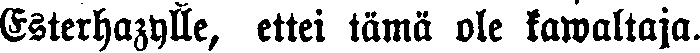
Esterhazylle, ettei tämä ole kawaltaja.